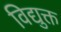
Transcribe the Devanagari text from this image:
विद्युक्त